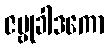
ဇမ္ဗုခါဒကော